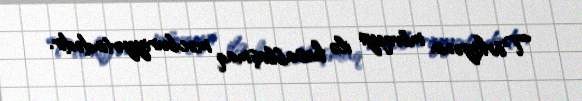
Türkiyənin mövqeyi ilə hesablaşmaq məcburiyyətindədir.